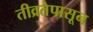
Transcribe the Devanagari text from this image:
तीव्रतेपासून